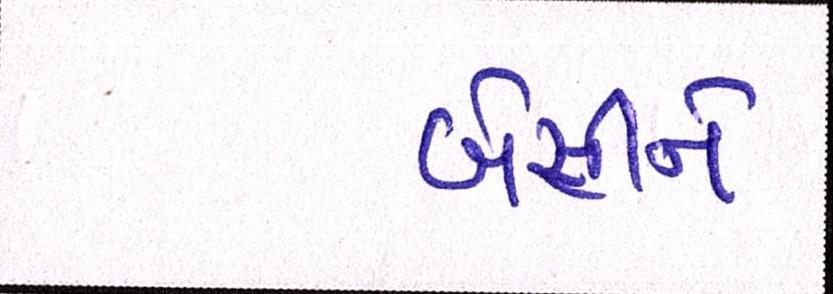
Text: બેસીને